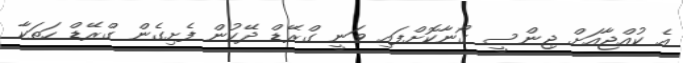
އެ ކުއްޖާއަށް ޖިންސީ ގޯނާކޮށްފައި ވަނީ ގްރޭޑް ދޭކުން ފެށިގެން ގްރޭޑް ހަތަކާ